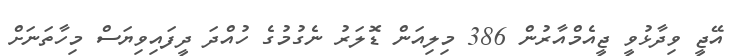
އޭޖީ ވިދާޅުވީ ޖީއެމްއާރުން 386 މިލިއަން ޑޮލަރު ނެގުމުގެ ހުއްދަ ދީފައިވިޔަސް މިހާތަނަށް